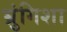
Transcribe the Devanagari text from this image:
भ्रुंगिशा